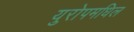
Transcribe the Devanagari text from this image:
युरोपमधिल